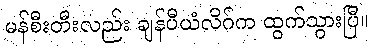
မန်စီးတီးလည်း ချန်ပီယံလိဂ်က ထွက်သွားပြီ။